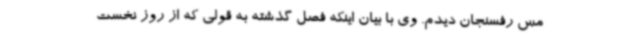
مس رفسنجان دیدم. وی با بیان اینکه فصل گذشته به قولی که از روز نخست